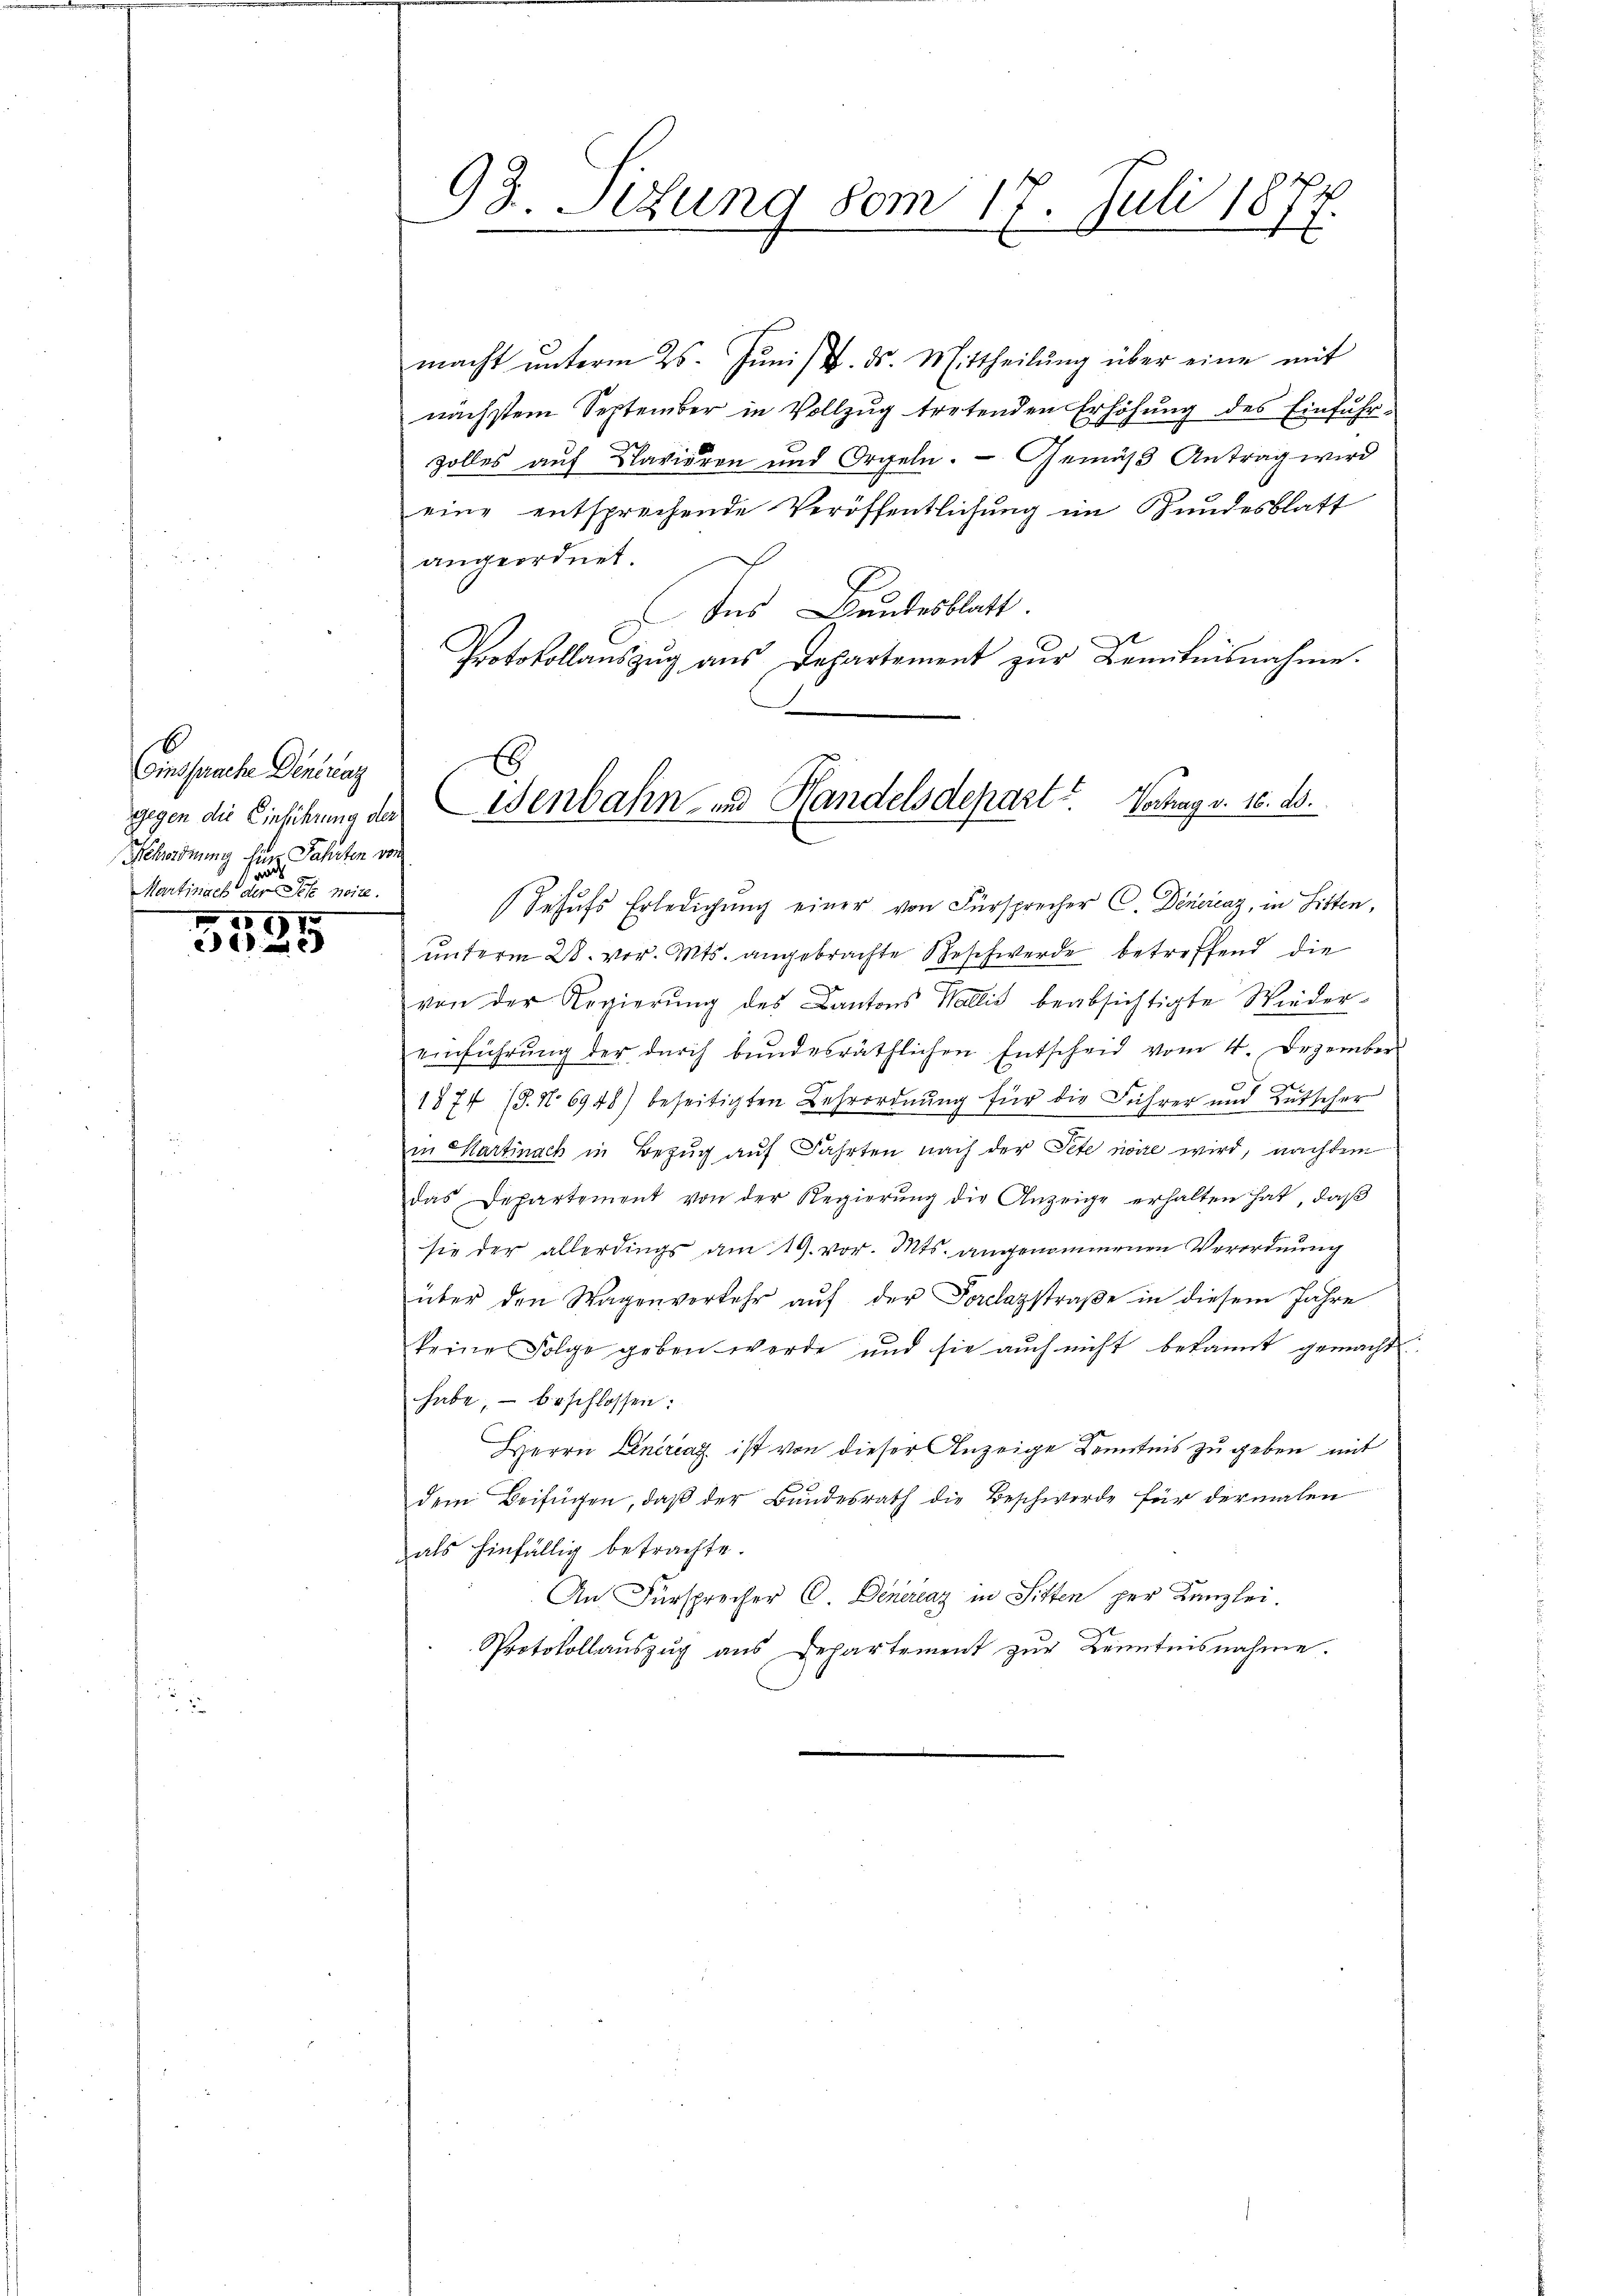
Einsprache Dintrag
Kehrordnung Eine Fahrten von
Martinach diesen weite.

2. 191.
 xx

92. Situng vom 17. Juli 187.
E

macht ŭnterm 25. Juni u. ds. Mittheilŭng über eine mit
nächstem September in Vollzug tretenden Erhöhung des Einfuhr-
zolles auf Vavieren und Orgeln. — Gemäß Antrag wird
eine entsprechende Veröffentlichung im Hundesblatt
angeordnet.
Ins Bundesblatt.
Protokollaŭszŭg ans Departement zŭr Kenntnisnahme.
Behŭfs Erledigŭng einer von Fürsprecher C. Denerenz, in Litten,
unterm 28. vor. Mts. angebrachte Beschwerde betreffend die
von der Regierŭng des Cantons Wallis beabsichtigte Wieder-
einführŭng der dŭrch bŭndesräthlichen Entscheid vom 4. Dezember
1874 (8. No 6948) beseitigten Lehrordnung für die Führer und Kutscher
in Martinach in Bezug auf Fahrten nach der Pete noire wird, nachdem
das Departement von der Regierŭng die Anzeige erhalten hat, daβ
sie der allerdings am 19. vor. Mts. angenommenen Verordnung
über den Wagenverkehr aŭf der Forclazstraβe in diesem Jahre
keine Folge geben werde und sie aŭch nicht bekannt gemacht:
habe, – beschlossen:
Herrn Eintrag ist von dieser Anzeige Kenntnis zu geben mit
dem Beifügen, daß der Bundesrath die Beschwerde für dermalen
als hinfällig betrachte.
An Fürsprecher C. Denerenz in Sitten per Kanzlei.
Protokollauszug aus Departement zur Kenntnisnahme.

gegen die Einsikung der Menbahn- und Handelsdepart. Vorhang v. 16. ds.